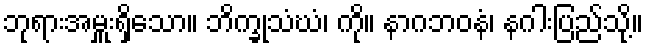
ဘုရားအမှူးရှိသော။ ဘိက္ခုသံဃံ၊ ကို။ နာဂဘဝနံ၊ နဂါးပြည်သို့။